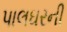
પાલઘરની